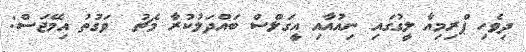
ދިވެހި ޕްރިމިއާ ލީގުގައި ނިއުއާއި އީގަލްސް ބައްދަލުކުރާ މެޗު  ވަގުތު އިމޭޖަސް: